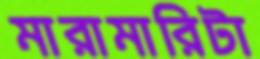
মারামারিটা